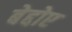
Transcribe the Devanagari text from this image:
बेद्दोए